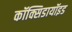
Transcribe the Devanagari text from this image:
कॉक्सिडायॉइड